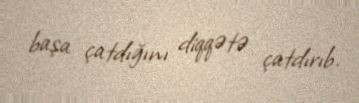
başa çatdığını diqqətə çatdırıb.